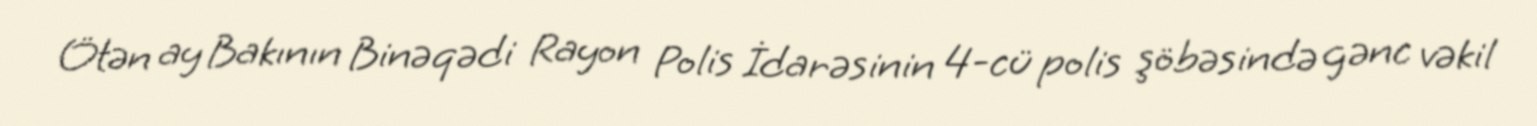
Ötən ay Bakının Binəqədi Rayon Polis İdarəsinin 4-cü polis şöbəsində gənc vəkil